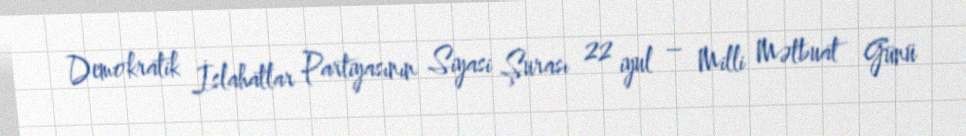
Demokratik İslahatlar Partiyasının Siyasi Şurası 22 iyul – Milli Mətbuat Günü